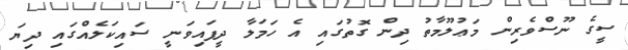
ސީގެ ނޫސްވެރިން މަޢުލޫމާތު ދިން ގޮތުގައި އެ ހަމަލާ ދީފައިވަނީ ސައިކަލެއްގައި ދިޔަ